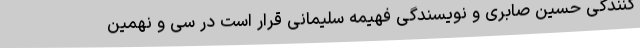
کنندگی حسین صابری و نویسندگی فهیمه سلیمانی قرار است در سی و نهمین